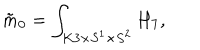
LaTeX: \tilde { m } _ { 0 } = \int _ { K 3 \times S ^ { 1 } \times S ^ { 2 } } H _ { 7 } ,